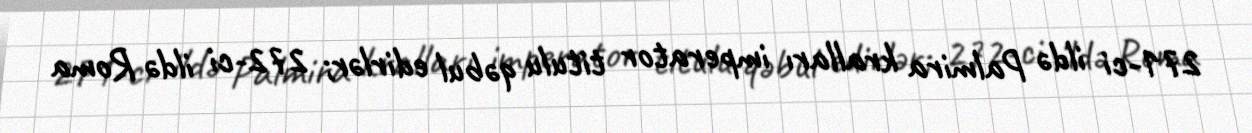
271-ci ildə Palmira kralları imperator titulu qəbul edirlər; 272-ci ildə Roma